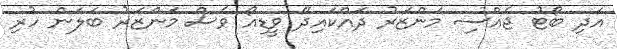
އަދި ބޯޓު ޖެއްސި މަންޒަރު ދައްކައިދޭ ވީޑިއޯ ވެސް މަންޒަރު ބަލަން ހުރި